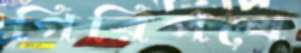
গিরিপথে